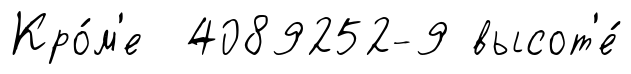
Кро́м'е 4089252-9 высот'е́